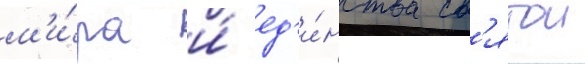
м'и́ра и́ ед'и́нства св'ятои